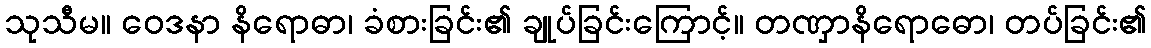
သုသီမ။ ဝေဒနာ နိရောဓာ၊ ခံစားခြင်း၏ ချုပ်ခြင်းကြောင့်။ တဏှာနိရောဓော၊ တပ်ခြင်း၏